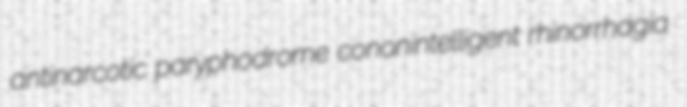
antinarcotic paryphodrome cononintelligent rhinorrhagia